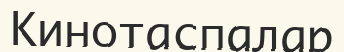
Кинотаспалар